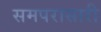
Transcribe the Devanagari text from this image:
समपरासारी